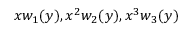
x w _ { 1 } ( y ) , x ^ { 2 } w _ { 2 } ( y ) , x ^ { 3 } w _ { 3 } ( y )